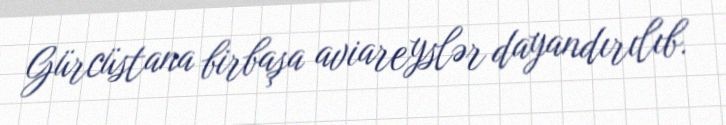
Gürcüstana birbaşa aviareyslər dayandırılıb.